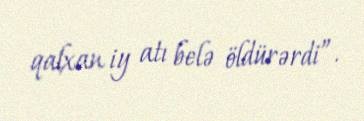
qalxan iy atı belə öldürərdi”.